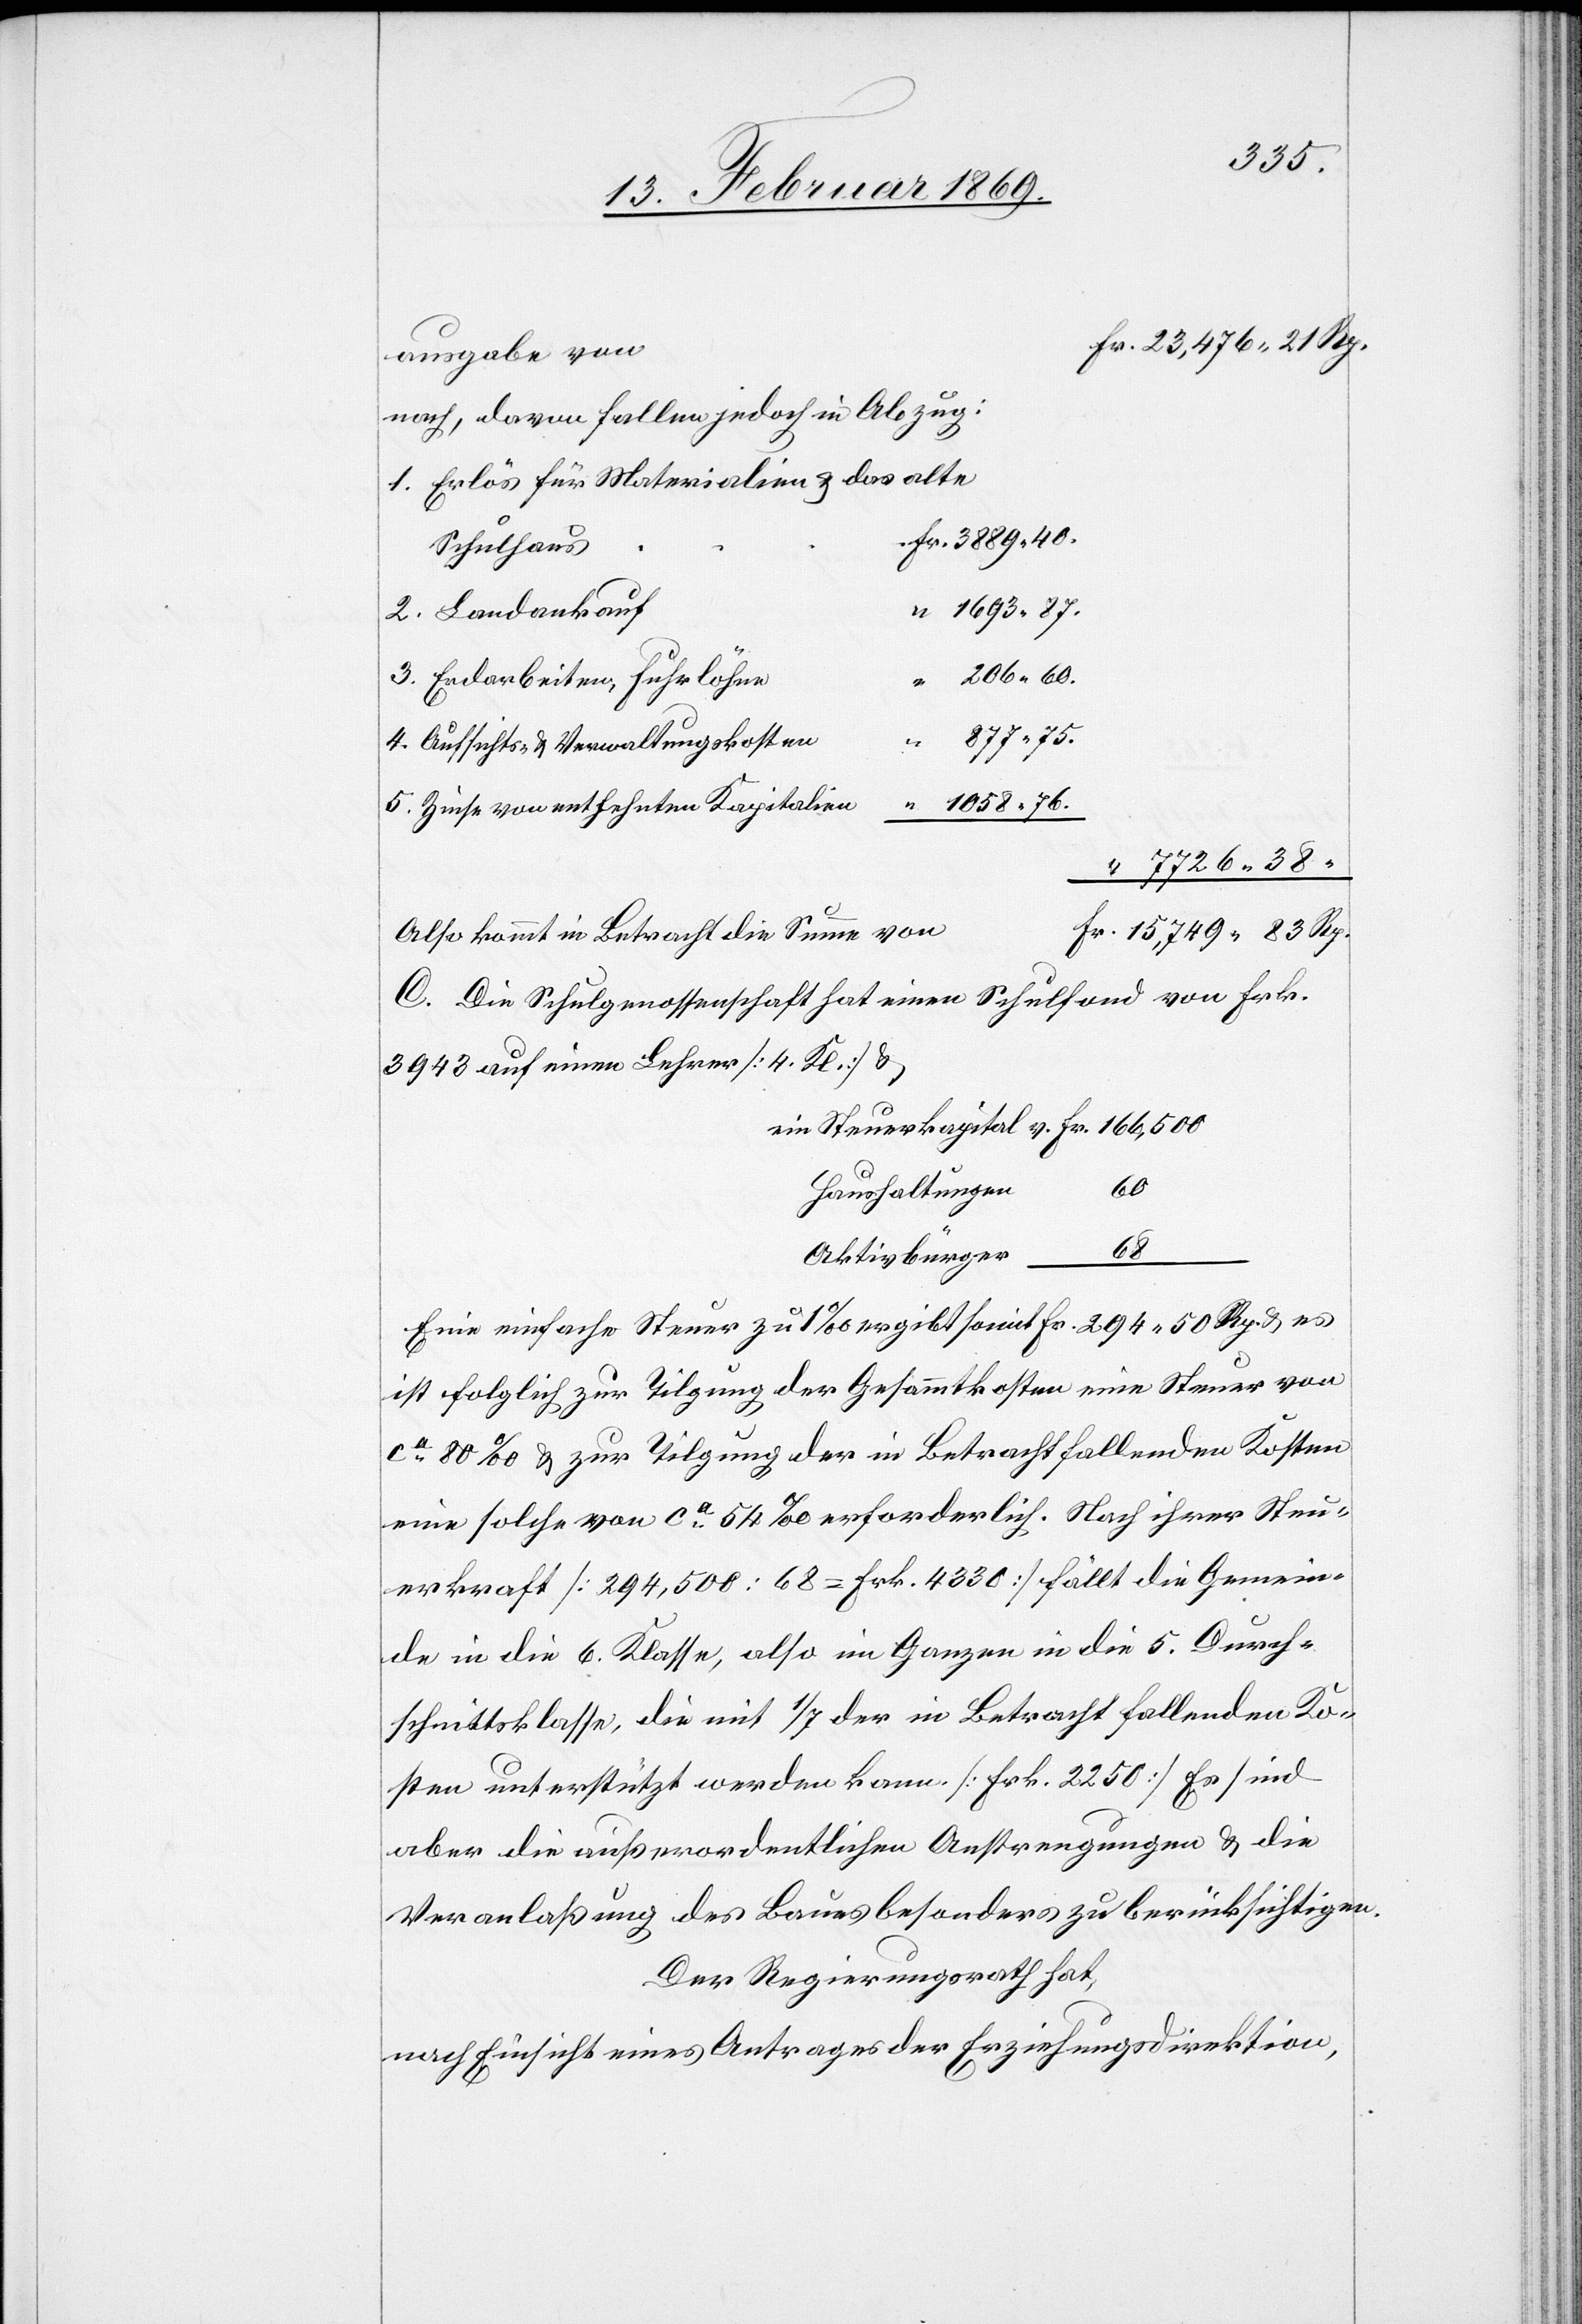
Fr. 23,476.21 Rp.
ausgabe von
nach, davon fallen jedoch in Abzug:
1. Erlös für Materialien u. das alte
Fr. 3889.40.
Schulhaus
“ 1693.87.
2. Landankauf
206.60.
3. Erdarbeiten, Fuhrlöhne
877.75.
4. Aufsichts- u. Verwaltungskosten
“ 1058.76.
5. Zinse von entlehnten Kapitalien
“ 7726.38
Fr. 15,749.83 Rp.
Also kommt in Betracht die Summe von
C. Die Schulgenossenschaft hat einen Schulfond von Frk.
3943 auf einen Lehrer [4 Kl.] u.
ein Steuerkapital v. Fr. 166,500
Haushaltungen
68
Aktivbürger
Eine einfache Steuer zu 1‰ ergibt somit Fr. 294.50 Rp. u. es
ist folglich zur Tilgung der Gesammtkosten eine Steuer von
ca 80‰ u. zur Tilgung der in Betracht fallenden Kosten
eine solche von ca 54‰ erforderlich. Nach ihrer Steu¬
erkraft [294,508 : 68 = Frk. 4330] fällt die Gemein¬
de in die 6. Klasse, also im Ganzen in die 5. Durch¬
schnittklasse, die mit 1/7 der in Betracht fallenden Ko¬
sten unterstützt werden kann. [Frk. 2250] Es sind
aber die außerordentlichen Anstrengungen u. die
Veranlaßung des Baues besonders zu berücksichtigen.
Der Regierungsrath hat,
nach Einsicht eines Antrages der Erziehungsdirektion,